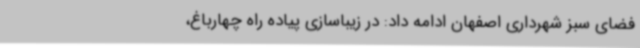
فضای سبز شهرداری اصفهان ادامه داد: در زیباسازی پیاده راه چهارباغ،